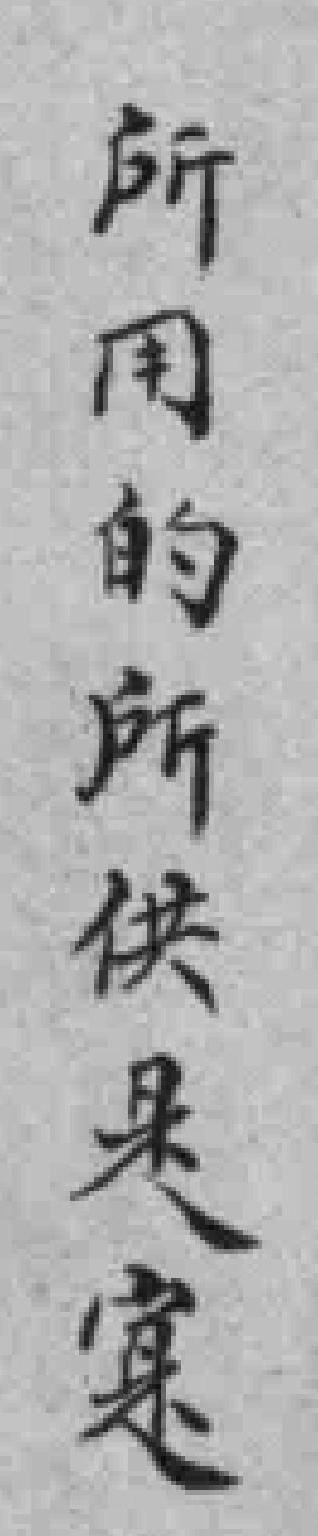
所用的所供是寔